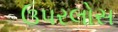
ઉપરલોસ